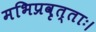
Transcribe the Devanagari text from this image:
मभिप्रवृत्ताः।